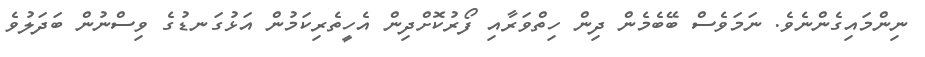
ނިންމައިގެންނެވެ. ނަމަވެސް ބޭބެމެން ދިން ހިތްވަރާއި ފޯރުކޮށްދިން އެހީތެރިކަމުން އަޅުގަނޑުގެ ވިސްނުން ބަދަލުވެ